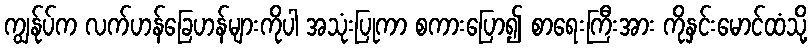
ကျွန်ုပ်က လက်ဟန်ခြေဟန်များကိုပါ အသုံးပြုကာ စကားပြော၍ စာရေးကြီးအား ကိုနှင်းမောင်ထံသို့